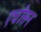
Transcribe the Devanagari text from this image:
एचीसन